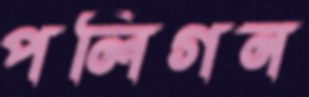
পলিগন